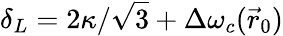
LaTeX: \delta_{L}=2\kappa/\sqrt 3+\Delta\omega_{c}(\vec{r}_{0})